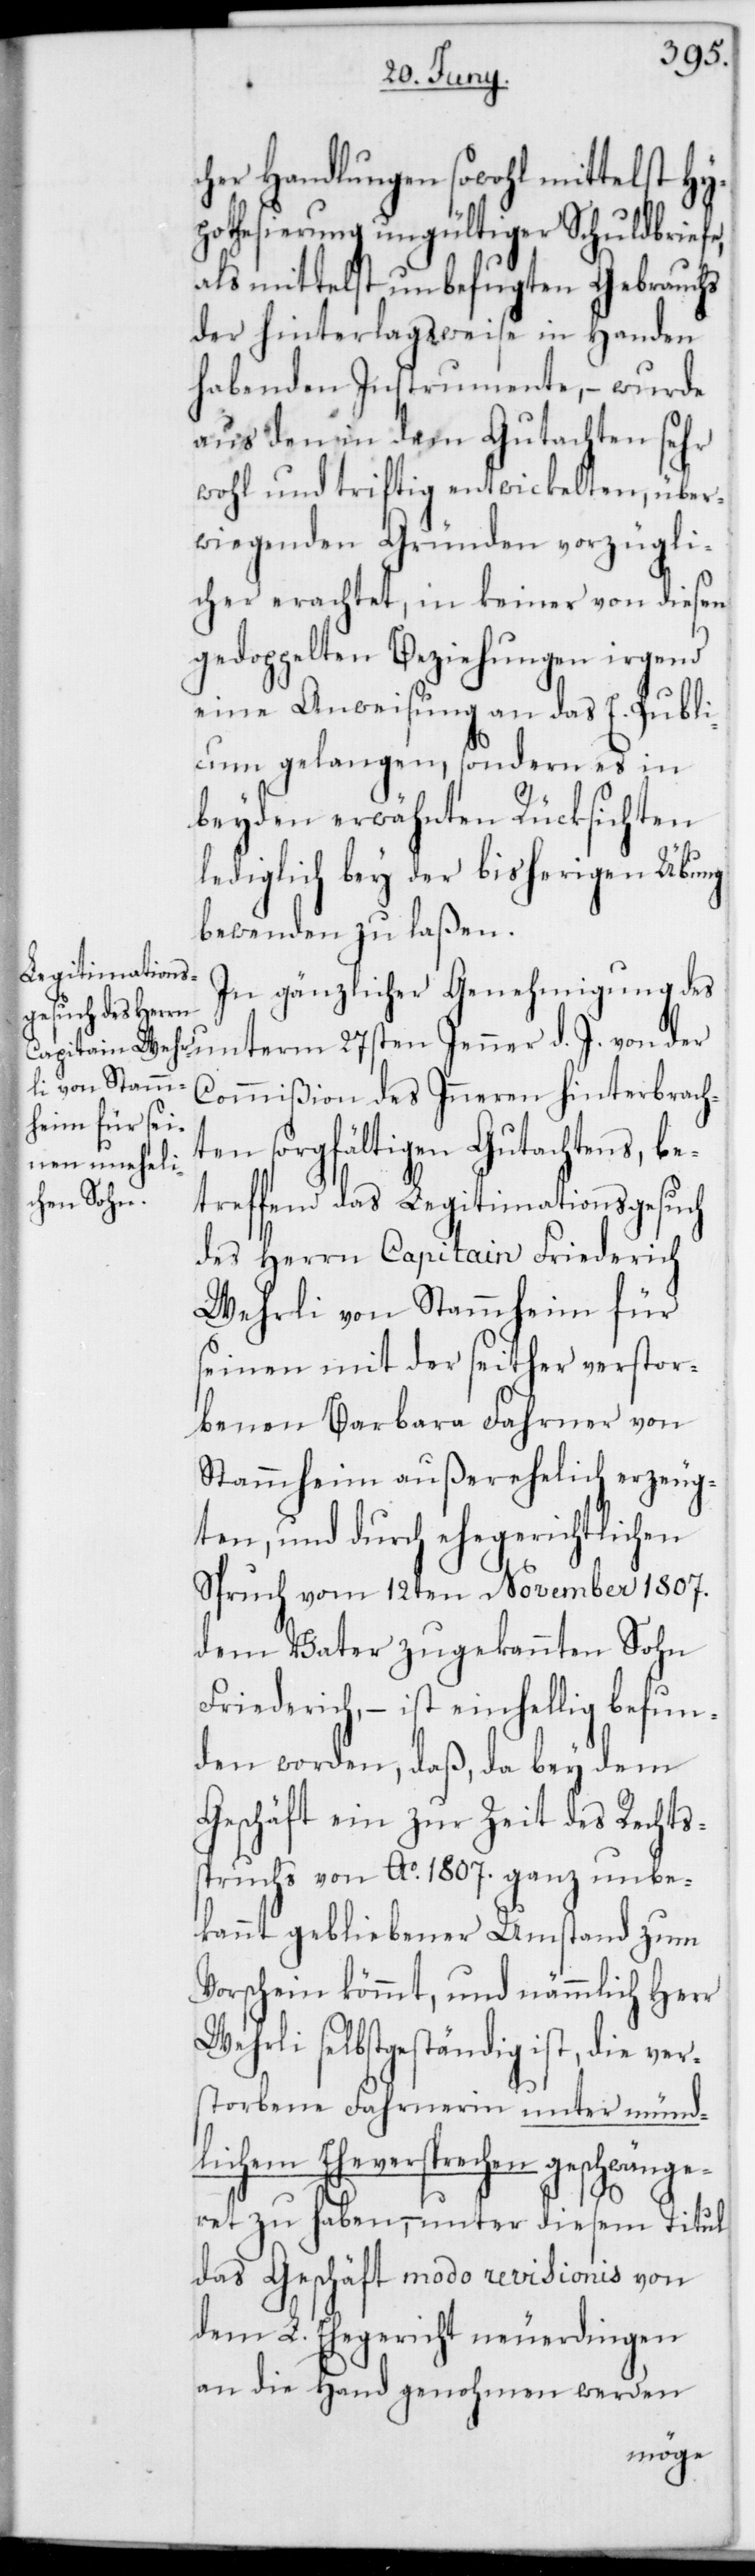
cher Handlungen sowohl mittelst Hy¬
pothesierung ungültiger Schuldbriefe,
als mittelst unbefugten Gebrauchs
der hinterlagsweise in Handen
habenden Instrumente, – wurde
aus den in dem Gutachten sehr
wohl und triftig entwickelten, über¬
wiegenden Gründen vorzügli¬
cher erachtet, in keiner von diesen
gedoppelten Beziehungen irgend
eine Anweisung an das E. Publi¬
cum gelangen, sondern es in
beyden erwähnten Rücksichten
lediglich bey der bisherigen Übung
bewenden zu laßen.
In gänzlicher Genehmigung de¬
s unterm 27sten Jenner d. J. von der
Commißion des Inneren hinterbrach¬
ten sorgfältigen Gutachtens, be¬
treffend das Legitimationsgesuch
des Herrn Capitain Friederich
Wehrli von Stammheim für
seinen mit der seither verstor¬
benen Barbara Fahrner von
Stammheim außerehelich erzeug¬
ten, und durch ehegerichtlichen
Spruch vom 12ten November 1807.
dem Vater zugekannten Sohn
Friederich, – ist einhellig befun¬
den worden, daß, da bey dem
Geschäft ein zur Zeit des Rechts¬
spruchs von Ao 1807. ganz unbe¬
kannt gebliebener Umstand zum
Vorschein kömmt, und nämmlich Herr
Wehrli selbstgeständig ist, die ver¬
storbene Fahrnerin unter münd¬
lichem Eheversprechen geschwänge¬
ret zu haben, – unter diesem Titul
das Geschäft modo revisionis von
dem L. Ehegericht neuerdingen
an die Hand genohmen werden